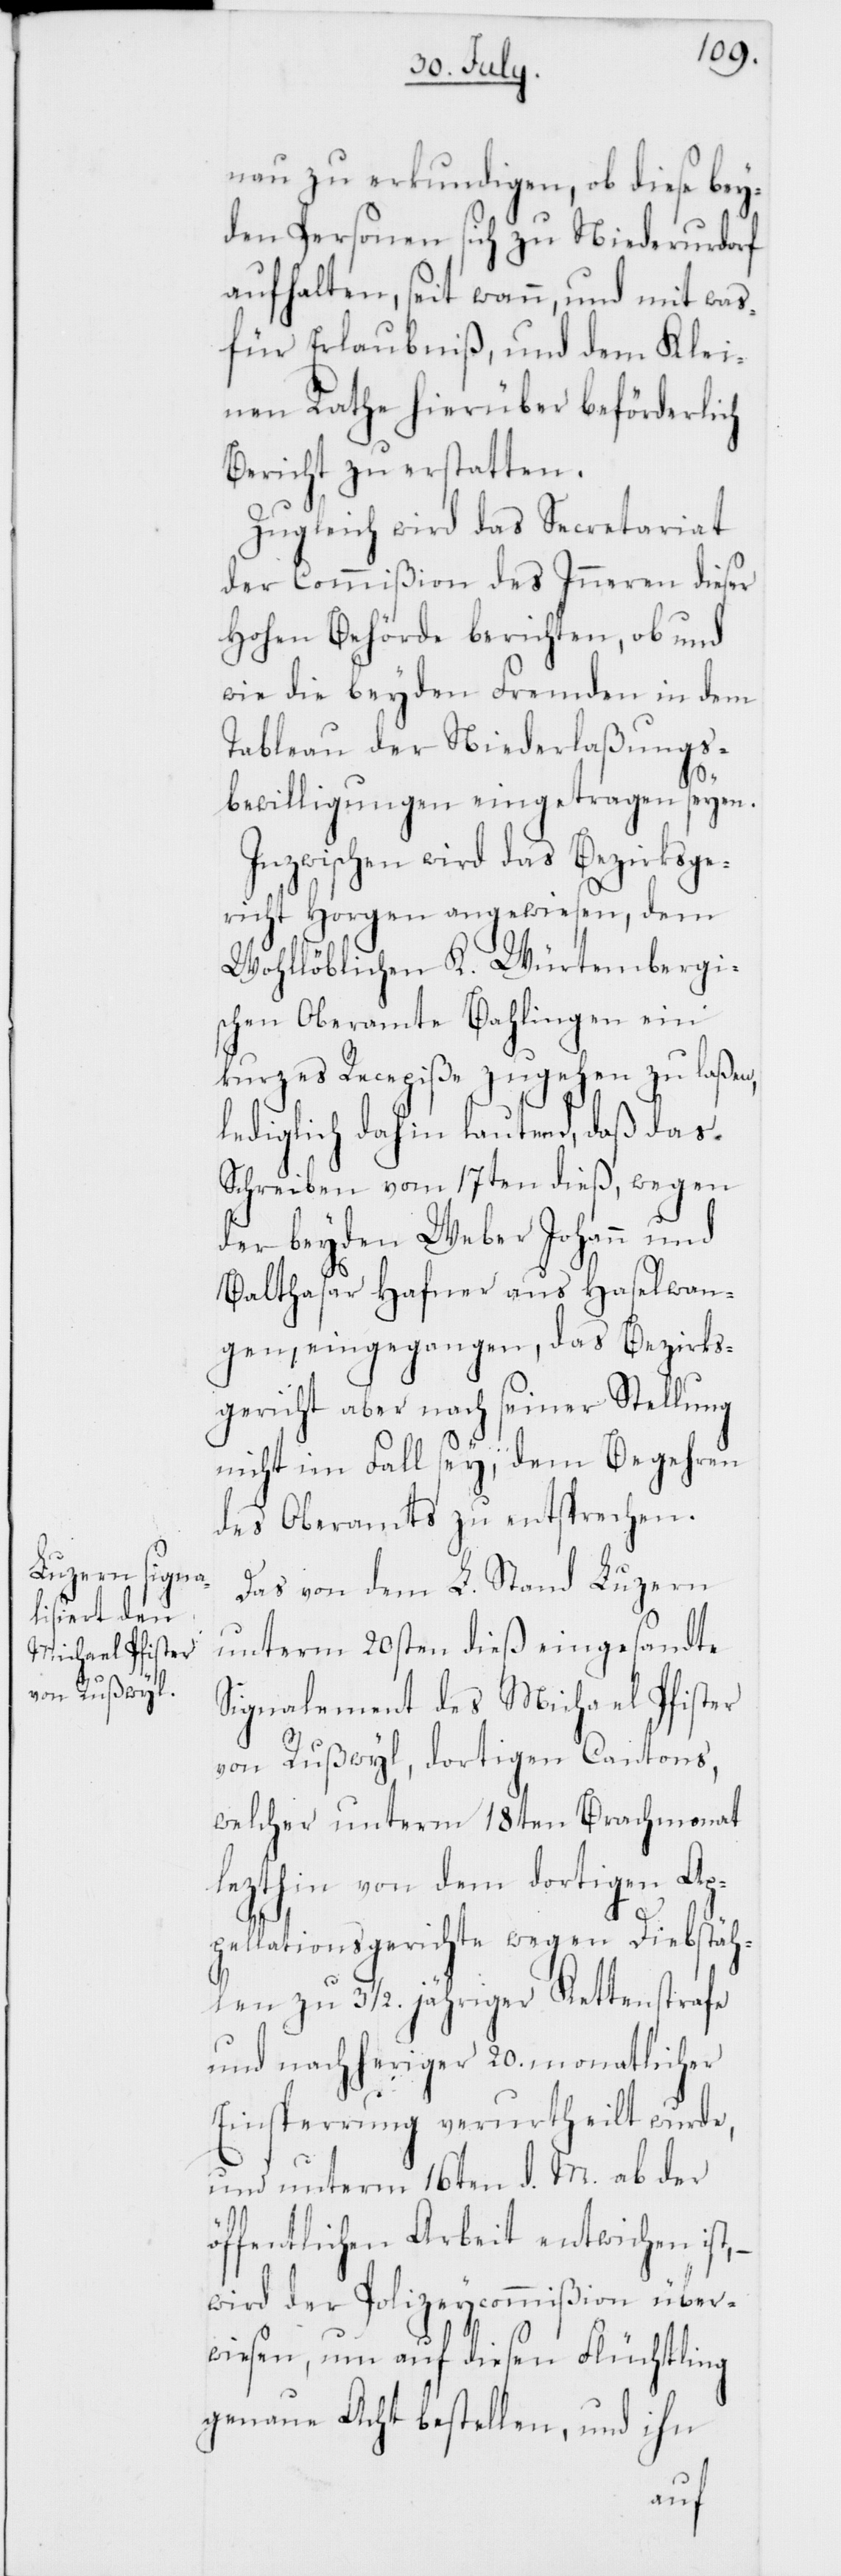
nau zu erkundigen, ob diese bey¬
den Personen sich zu Niederurdorf
aufhalten, seit wann, und mit was
für Erlaubniß, und dem Klei¬
nen Rathe hierüber beförderlich
Bericht zu erstatten.
Zugleich wird das Secretariat
der Commißion des Innern dieser
Hohen Behörde berichten, ob und
wie die beyden Fremden in dem
Tableau der Niederlaßungs¬
bewilligungen eingetragen seyen.
Inzwischen wird das Bezirksge¬
richt Horgen angewiesen, dem
Wohllöblichen K. Würtembergi¬
schen Oberamte Bahlingen ein
kurzes Recepiße zugehen zu laßen,
lediglich dahin lautend, daß das
Schreiben vom 17ten dieß, wegen
der beyden Weber Johann und
Balthasar Hafner aus Haselwan¬
gen, eingegangen, das Bezirks¬
gericht aber nach seiner Stellung
nicht im Fall sey, dem Begehren
des Oberamts zu entsprechen.
Das von dem L. Stand Luzern
unterm 20sten dieß eingesandte
Signalement des Michael Pfister
von Rußwil, dortigen Cantons,
welcher unterm 18ten Brachmonat
lezthin von dem dortigen Ap¬
pellationsgerichte wegen Diebstäh¬
len zu 3 1/2. jähriger Kettenstrafe
und nachheriger 20. monatlicher
Einsperrung verurtheilt wurde,
und unterm 16ten d. M. ab der
öffentlichen Arbeit entwichen
wird der Polizeycommißion über¬
wiesen, um auf diesen Flüchtling
genaue Acht bestellen, und ihn